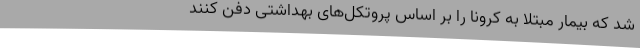
شد که بیمار مبتلا به کرونا را بر اساس پروتکل‌های بهداشتی دفن کنند